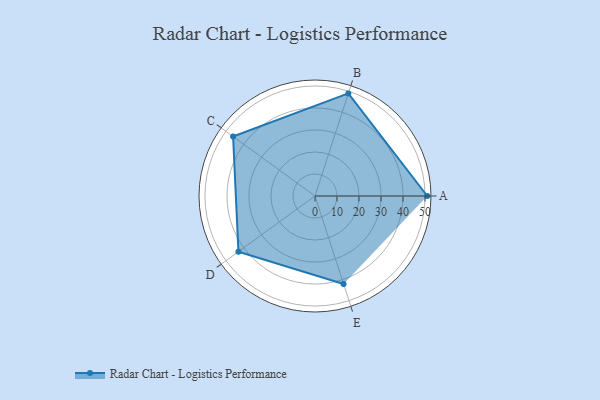
{"axis": {"x": "Skill", "y": "Score"}, "legend": ["Profile"], "data": [{"x": "A", "y": 51.0, "type": "Profile"}, {"x": "B", "y": 49.0, "type": "Profile"}, {"x": "C", "y": 46.0, "type": "Profile"}, {"x": "D", "y": 43.0, "type": "Profile"}, {"x": "E", "y": 42.0, "type": "Profile"}]}